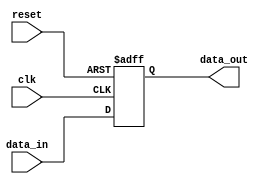
module register_example (
    input wire clk,            // Clock signal
    input wire reset,          // Reset signal
    input wire [7:0] data_in,  // 8-bit input data
    output reg [7:0] data_out   // 8-bit output data
);

// Task definition for updating the register
task update_register(input reg [7:0] new_data);
    begin
        // Non-blocking assignment to model concurrent behavior
        data_out <= new_data;
    end
endtask

// Always block triggered on the rising edge of the clock or reset signal
always @(posedge clk or posedge reset) begin
    if (reset) begin
        // On reset, clear the output
        data_out <= 8'b0;
    end else begin
        // Call the task to update the register
        update_register(data_in);
    end
end

endmodule